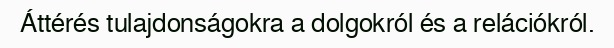
Áttérés tulajdonságokra a dolgokról és a relációkról.